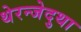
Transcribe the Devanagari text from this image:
थेरन्जेदुथा